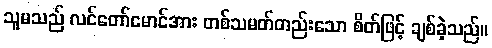
သူမသည် လင်တော်မောင်အား တစ်သမတ်တည်းသော စိတ်ဖြင့် ချစ်ခဲ့သည်။